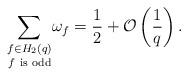
LaTeX: \begin{align*} \underset{f\ \textrm{is odd}}{\sum_{f\in H_2(q)}} \omega_f = \frac{1}{2} + \mathcal{O}\left(\frac{1}{q}\right).\end{align*}